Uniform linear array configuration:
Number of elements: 48
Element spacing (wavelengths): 0.75
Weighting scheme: blackman
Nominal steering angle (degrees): -60
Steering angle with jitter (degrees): -59.419
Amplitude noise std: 0.05
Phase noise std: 0.05

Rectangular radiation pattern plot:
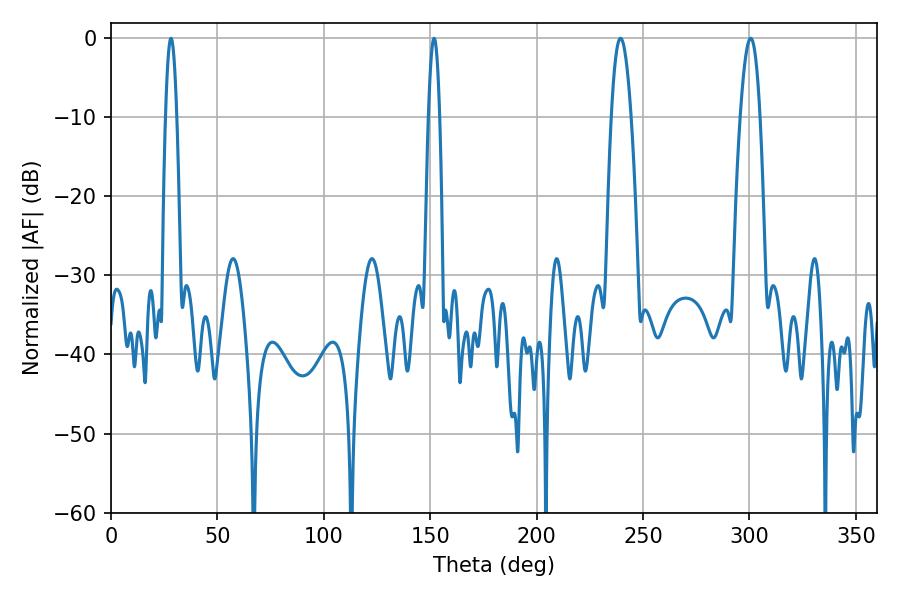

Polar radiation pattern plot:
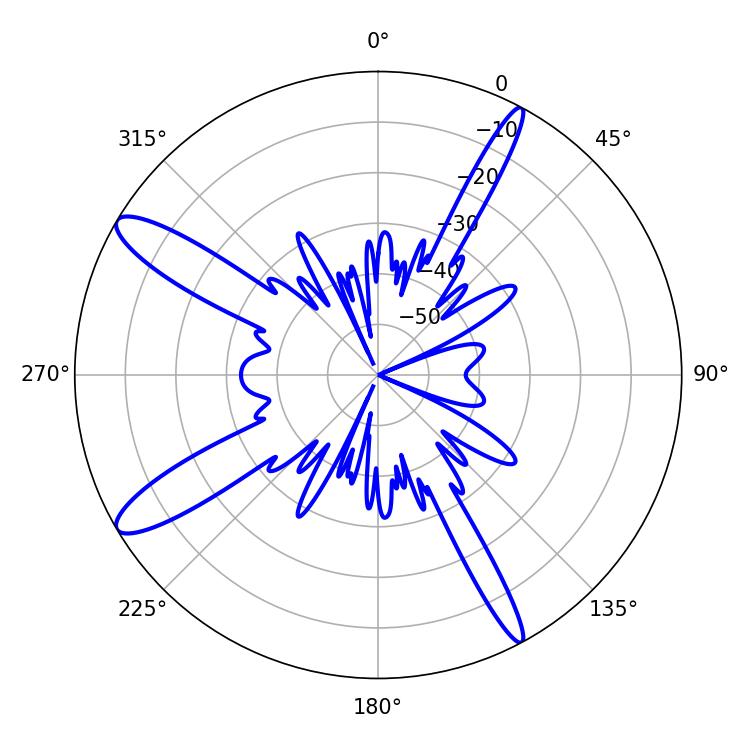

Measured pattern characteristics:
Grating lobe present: TRUE
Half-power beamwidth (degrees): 5.04
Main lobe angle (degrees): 239.4